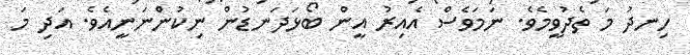
ހިނދު މަ ތެދުވީމެވެ. ނަމަވެސް އެއިރު އީން ބޯޅަދަނޑުން ނިކުންނަނީއެވެ. އަދި މަ